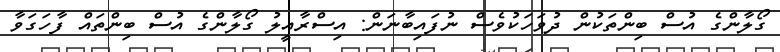
ގޯލާންގެ އުސް ބިންތަކުން ދުވަހަކުވެސް ނުފައިބާނަން: އިސްރާއީލު ގޯލާންގެ އުސް ބިންތައް ފާހަގަވާ